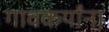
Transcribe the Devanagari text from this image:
गावकर्यांना